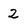
Character: 2